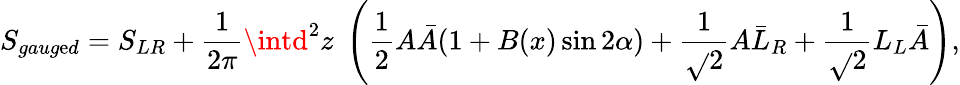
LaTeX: S_{gaug\mathrm{e}d}=S_{LR}+\frac{{1}}{{2\pi}}\intd^{2}z\; \left(\frac{{1}}{{2}}A\bar{{A}}(1+B(x)\sin2\alpha)+\frac{{1}}{{\sqrt{}{{2}}}}A\bar{{L}}_{R}+\frac{{1}}{{\sqrt{}{{2}}}}L_{L}\bar{{A}}\right),